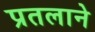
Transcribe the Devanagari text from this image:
प्रतलाने